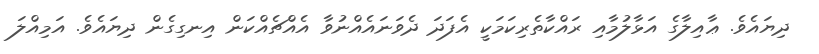
ދިޔައެވެ. ޢާއިލާގެ އަޅާލުމާއި ރައްކާތެރިކަމަކީ އެފަދަ ދެވަނައެއްނުވާ އެއްޗެއްކަން އިނގިގެން ދިޔައެވެ. އަމިއްލަ